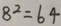
8 ^ { 2 } = 6 4